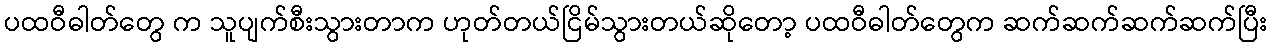
ပထဝီဓါတ်တွေ က သူပျက်စီးသွားတာက ဟုတ်တယ်ငြိမ်သွားတယ်ဆိုတော့ ပထဝီဓါတ်တွေက ဆက်ဆက်ဆက်ဆက်ပြီး